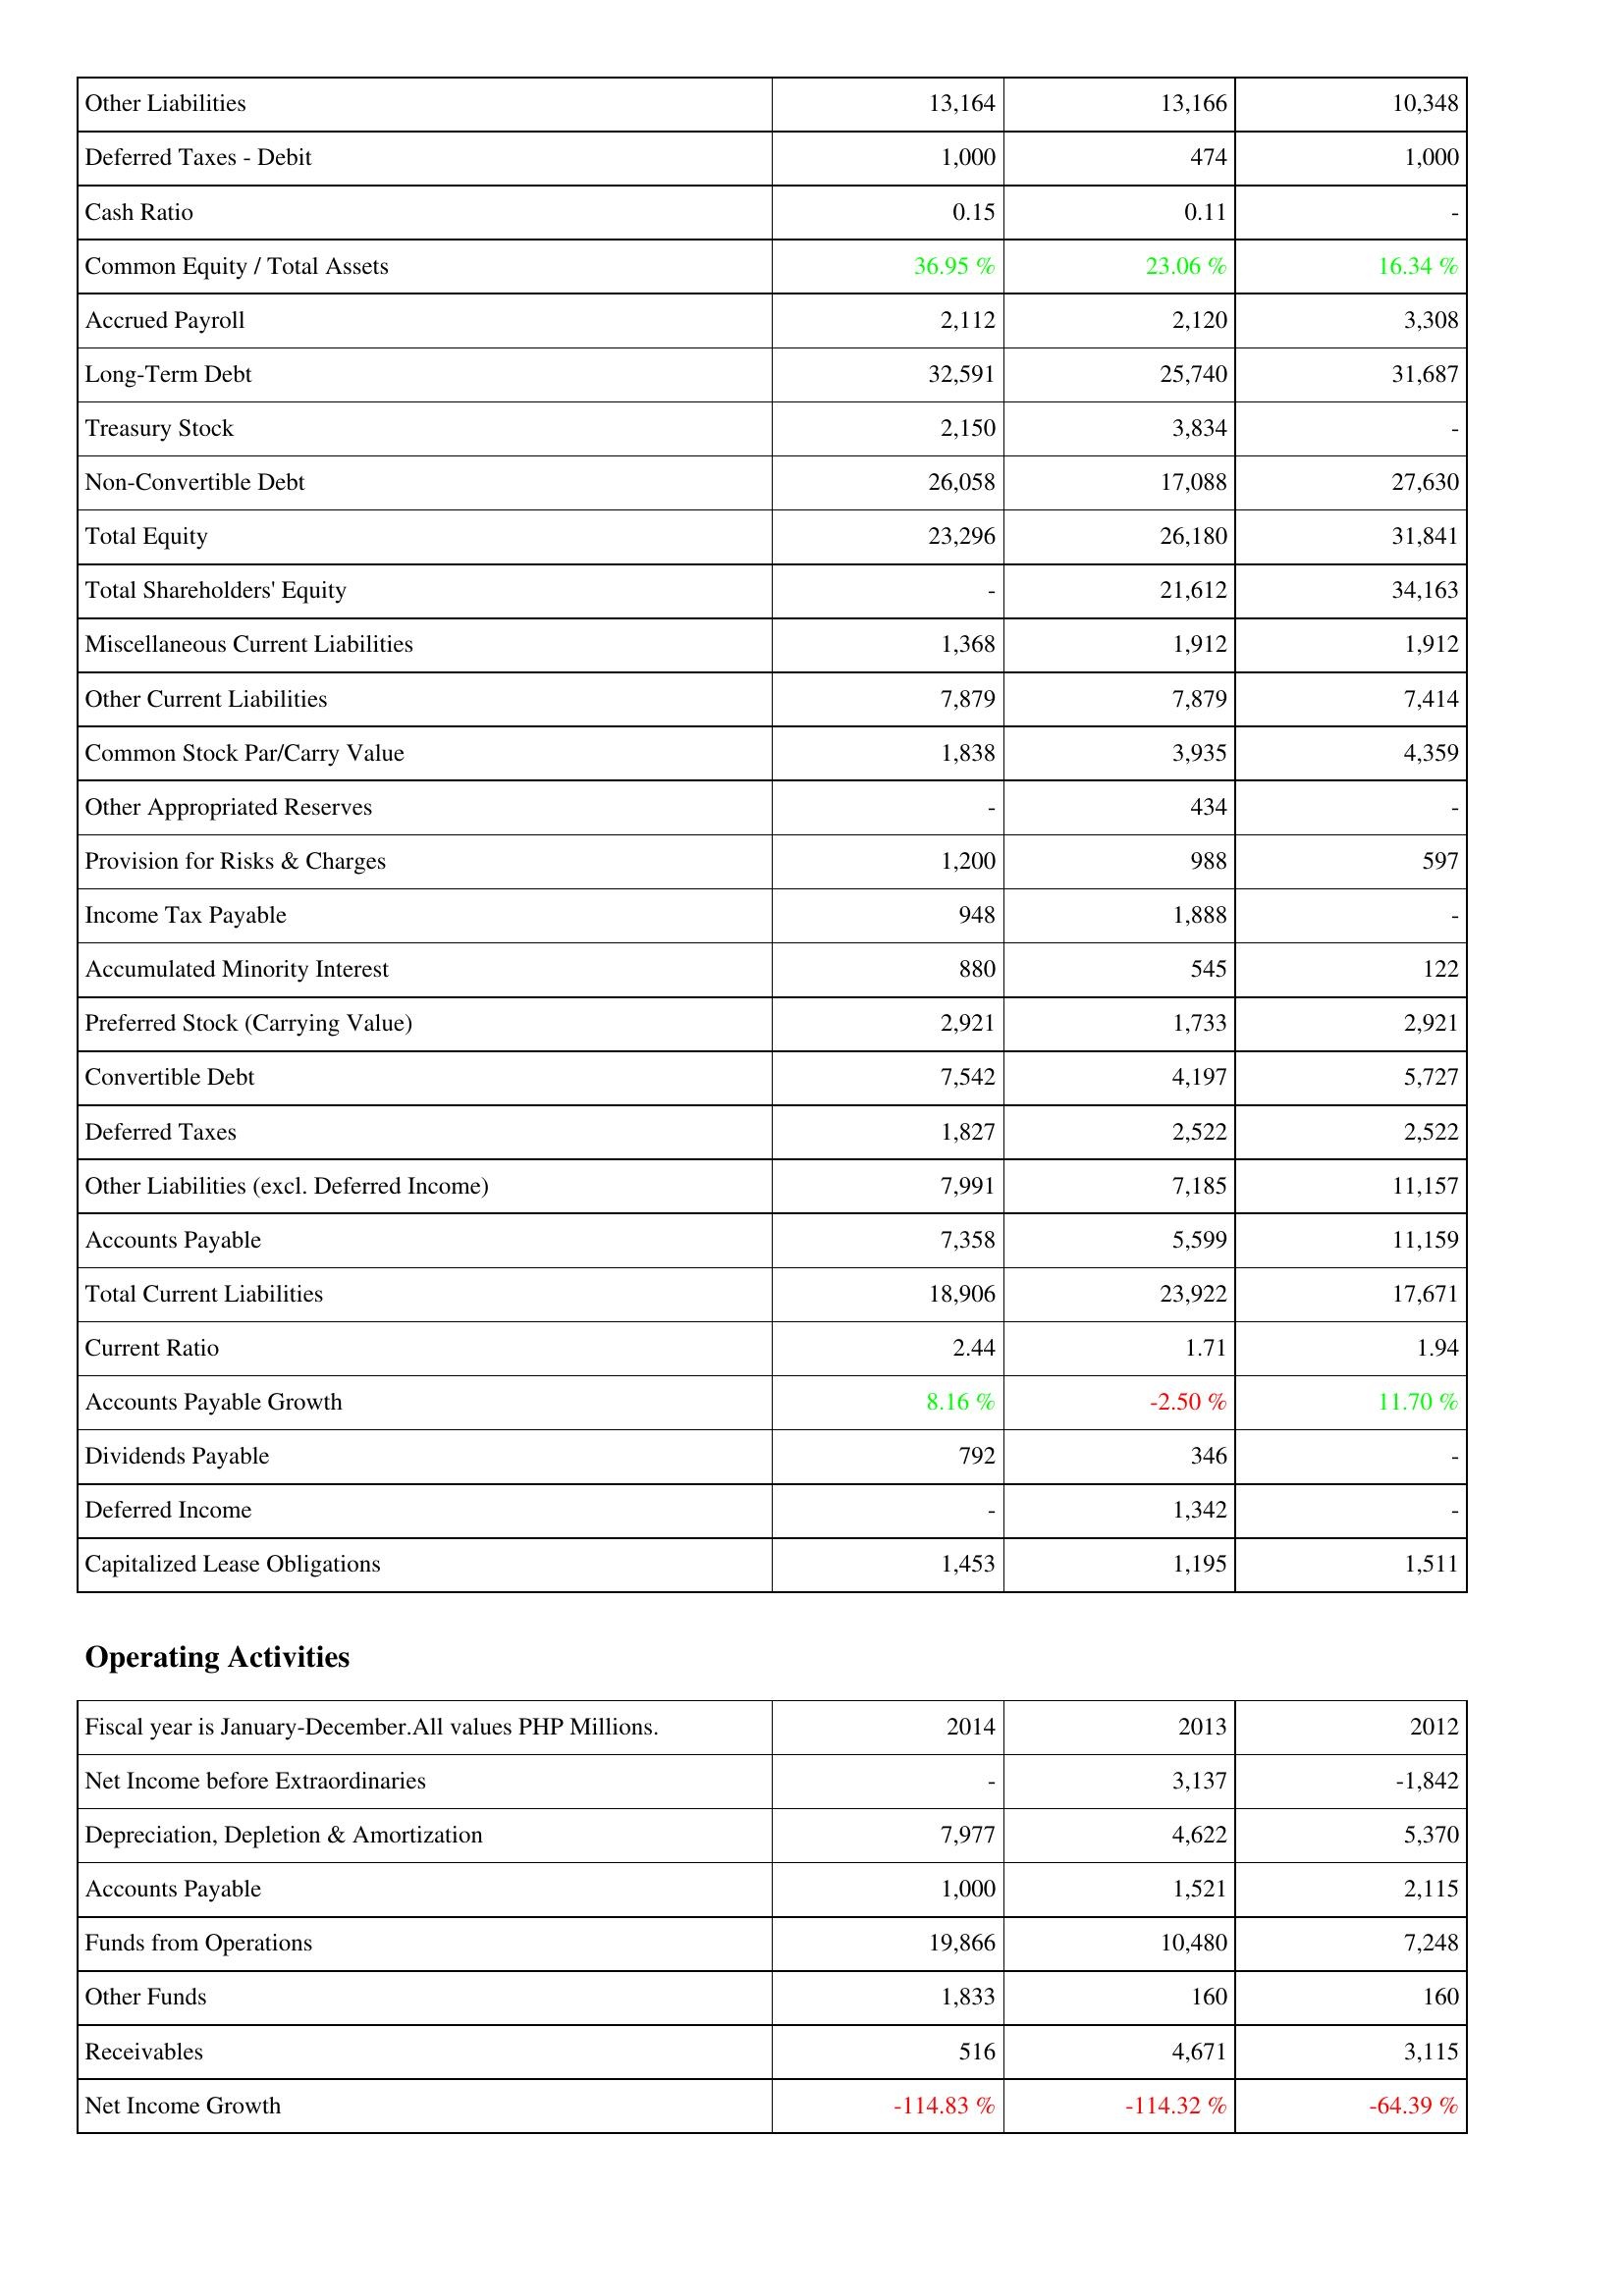
2014: Liabilities & Shareholders' Equity: Other Liabilities: 13,164
Deferred Taxes - Debit: 1,000
Cash Ratio: 0.15
Common Equity / Total Assets: 36.95 %
Accrued Payroll: 2,112
Long-Term Debt: 32,591
Treasury Stock: 2,150
Non-Convertible Debt: 26,058
Total Equity: 23,296
Total Shareholders' Equity: -
Miscellaneous Current Liabilities: 1,368
Other Current Liabilities: 7,879
Common Stock Par/Carry Value: 1,838
Other Appropriated Reserves: -
Provision for Risks & Charges: 1,200
Income Tax Payable: 948
Accumulated Minority Interest: 880
Preferred Stock (Carrying Value): 2,921
Convertible Debt: 7,542
Deferred Taxes: 1,827
Other Liabilities (excl. Deferred Income): 7,991
Accounts Payable: 7,358
Total Current Liabilities: 18,906
Current Ratio: 2.44
Accounts Payable Growth: 8.16 %
Dividends Payable: 792
Deferred Income: -
Capitalized Lease Obligations: 1,453
Operating Activities: Net Income before Extraordinaries: -
Depreciation, Depletion & Amortization: 7,977
Accounts Payable: 1,000
Funds from Operations: 19,866
Other Funds: 1,833
Receivables: 516
Net Income Growth: -114.83 %
2013: Liabilities & Shareholders' Equity: Other Liabilities: 13,166
Deferred Taxes - Debit: 474
Cash Ratio: 0.11
Common Equity / Total Assets: 23.06 %
Accrued Payroll: 2,120
Long-Term Debt: 25,740
Treasury Stock: 3,834
Non-Convertible Debt: 17,088
Total Equity: 26,180
Total Shareholders' Equity: 21,612
Miscellaneous Current Liabilities: 1,912
Other Current Liabilities: 7,879
Common Stock Par/Carry Value: 3,935
Other Appropriated Reserves: 434
Provision for Risks & Charges: 988
Income Tax Payable: 1,888
Accumulated Minority Interest: 545
Preferred Stock (Carrying Value): 1,733
Convertible Debt: 4,197
Deferred Taxes: 2,522
Other Liabilities (excl. Deferred Income): 7,185
Accounts Payable: 5,599
Total Current Liabilities: 23,922
Current Ratio: 1.71
Accounts Payable Growth: -2.50 %
Dividends Payable: 346
Deferred Income: 1,342
Capitalized Lease Obligations: 1,195
Operating Activities: Net Income before Extraordinaries: 3,137
Depreciation, Depletion & Amortization: 4,622
Accounts Payable: 1,521
Funds from Operations: 10,480
Other Funds: 160
Receivables: 4,671
Net Income Growth: -114.32 %
2012: Liabilities & Shareholders' Equity: Other Liabilities: 10,348
Deferred Taxes - Debit: 1,000
Cash Ratio: -
Common Equity / Total Assets: 16.34 %
Accrued Payroll: 3,308
Long-Term Debt: 31,687
Treasury Stock: -
Non-Convertible Debt: 27,630
Total Equity: 31,841
Total Shareholders' Equity: 34,163
Miscellaneous Current Liabilities: 1,912
Other Current Liabilities: 7,414
Common Stock Par/Carry Value: 4,359
Other Appropriated Reserves: -
Provision for Risks & Charges: 597
Income Tax Payable: -
Accumulated Minority Interest: 122
Preferred Stock (Carrying Value): 2,921
Convertible Debt: 5,727
Deferred Taxes: 2,522
Other Liabilities (excl. Deferred Income): 11,157
Accounts Payable: 11,159
Total Current Liabilities: 17,671
Current Ratio: 1.94
Accounts Payable Growth: 11.70 %
Dividends Payable: -
Deferred Income: -
Capitalized Lease Obligations: 1,511
Operating Activities: Net Income before Extraordinaries: -1,842
Depreciation, Depletion & Amortization: 5,370
Accounts Payable: 2,115
Funds from Operations: 7,248
Other Funds: 160
Receivables: 3,115
Net Income Growth: -64.39 %